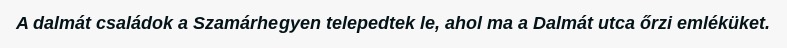
A dalmát családok a Szamárhegyen telepedtek le, ahol ma a Dalmát utca őrzi emléküket.